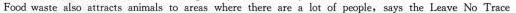
Food waste also attracts animals to areas where there are a lot of people,says the Leave No Trace